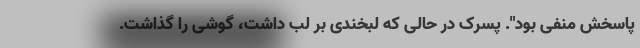
پاسخش منفی بود". پسرک در حالی که لبخندی بر لب داشت، گوشی را گذاشت.